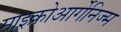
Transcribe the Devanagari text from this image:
माइक्रोआर्गेनिज्म